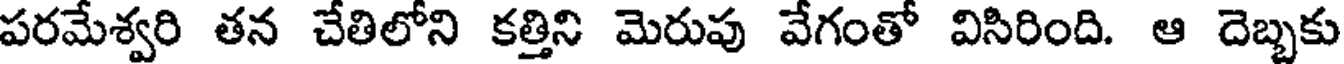
పరమేశ్వరి తన చేతిలోని కత్తిని మెరుపు వేగంతో విసిరింది. ఆ దెబ్బకు